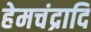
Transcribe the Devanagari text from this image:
हेमचंद्रादि